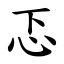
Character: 忑